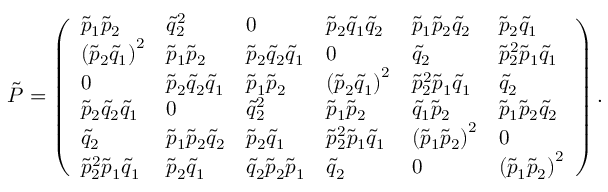
\begin{array} { r } { { \tilde { P } } = \left( \begin{array} { l l l l l l } { { \tilde { p } } _ { 1 } { \tilde { p } } _ { 2 } } & { { \tilde { q } } _ { 2 } ^ { 2 } } & { 0 } & { { \tilde { p } } _ { 2 } { \tilde { q } } _ { 1 } { \tilde { q } } _ { 2 } } & { { \tilde { p } } _ { 1 } { \tilde { p } } _ { 2 } { \tilde { q } } _ { 2 } } & { { \tilde { p } } _ { 2 } { \tilde { q } } _ { 1 } } \\ { \left( { \tilde { p } } _ { 2 } { \tilde { q } } _ { 1 } \right) ^ { 2 } } & { { \tilde { p } } _ { 1 } { \tilde { p } } _ { 2 } } & { { \tilde { p } } _ { 2 } { \tilde { q } } _ { 2 } { \tilde { q } } _ { 1 } } & { 0 } & { { \tilde { q } } _ { 2 } } & { { \tilde { p } } _ { 2 } ^ { 2 } { \tilde { p } } _ { 1 } { \tilde { q } } _ { 1 } } \\ { 0 } & { { \tilde { p } } _ { 2 } { \tilde { q } } _ { 2 } { \tilde { q } } _ { 1 } } & { { \tilde { p } } _ { 1 } { \tilde { p } } _ { 2 } } & { \left( { \tilde { p } } _ { 2 } { \tilde { q } } _ { 1 } \right) ^ { 2 } } & { { \tilde { p } } _ { 2 } ^ { 2 } { \tilde { p } } _ { 1 } { \tilde { q } } _ { 1 } } & { { \tilde { q } } _ { 2 } } \\ { { \tilde { p } } _ { 2 } { \tilde { q } } _ { 2 } { \tilde { q } } _ { 1 } } & { 0 } & { { \tilde { q } } _ { 2 } ^ { 2 } } & { { \tilde { p } } _ { 1 } { \tilde { p } } _ { 2 } } & { { \tilde { q } } _ { 1 } { \tilde { p } } _ { 2 } } & { { \tilde { p } } _ { 1 } { \tilde { p } } _ { 2 } { \tilde { q } } _ { 2 } } \\ { { \tilde { q } } _ { 2 } } & { { \tilde { p } } _ { 1 } { \tilde { p } } _ { 2 } { \tilde { q } } _ { 2 } } & { { \tilde { p } } _ { 2 } { \tilde { q } } _ { 1 } } & { { \tilde { p } } _ { 2 } ^ { 2 } { \tilde { p } } _ { 1 } { \tilde { q } } _ { 1 } } & { \left( { \tilde { p } } _ { 1 } { \tilde { p } } _ { 2 } \right) ^ { 2 } } & { 0 } \\ { { \tilde { p } } _ { 2 } ^ { 2 } { \tilde { p } } _ { 1 } { \tilde { q } } _ { 1 } } & { { \tilde { p } } _ { 2 } { \tilde { q } } _ { 1 } } & { { \tilde { q } } _ { 2 } { \tilde { p } } _ { 2 } { \tilde { p } } _ { 1 } } & { { \tilde { q } } _ { 2 } } & { 0 } & { \left( { \tilde { p } } _ { 1 } { \tilde { p } } _ { 2 } \right) ^ { 2 } } \end{array} \right) . } \end{array}